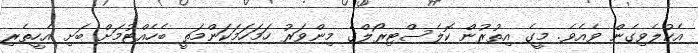
އެކުލެވިގެން ވެއެވެ. މީގެ އިތުރުން ކޮލެސްޓިރޯލްގެ މިންވަރު ހަމަހަމަކަންމަތީ ބެހެއްޓުމަށް ބަށި އެހީތެރި